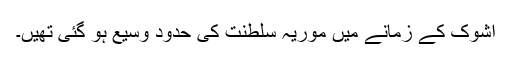
اشوک کے زمانے میں موریہ سلطنت کی حدود وسیع ہو گئی تھیں۔